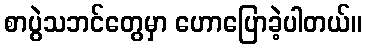
စာပွဲသဘင်တွေမှာ ဟောပြောခဲ့ပါတယ်။